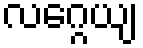
လဂ္ဂေယျ